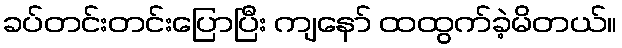
ခပ်တင်းတင်းပြောပြီး ကျနော် ထထွက်ခဲ့မိတယ်။